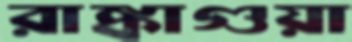
রাঙ্কাগুয়া